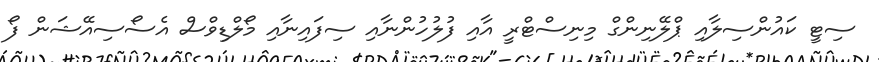
ސިޓީ ކައުންސިލާއި ޕްލޭނިންގް މިނިސްޓްރީ އާއި ފުލުހުންނާއި ސިފައިނާއި މޯލްޑިވްސް އެސޯސިއޭޝަން ފޯ